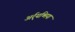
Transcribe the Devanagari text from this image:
अर्र्यथ्मिया